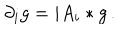
LaTeX: \partial _ { i } g = i A _ { i } * g \, .